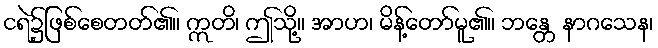
ငရဲ၌ဖြစ်စေတတ်၏။ ဣတိ၊ ဤသို့။ အာဟ၊ မိန့်တော်မူ၏။ ဘန္တေ နာဂသေန၊